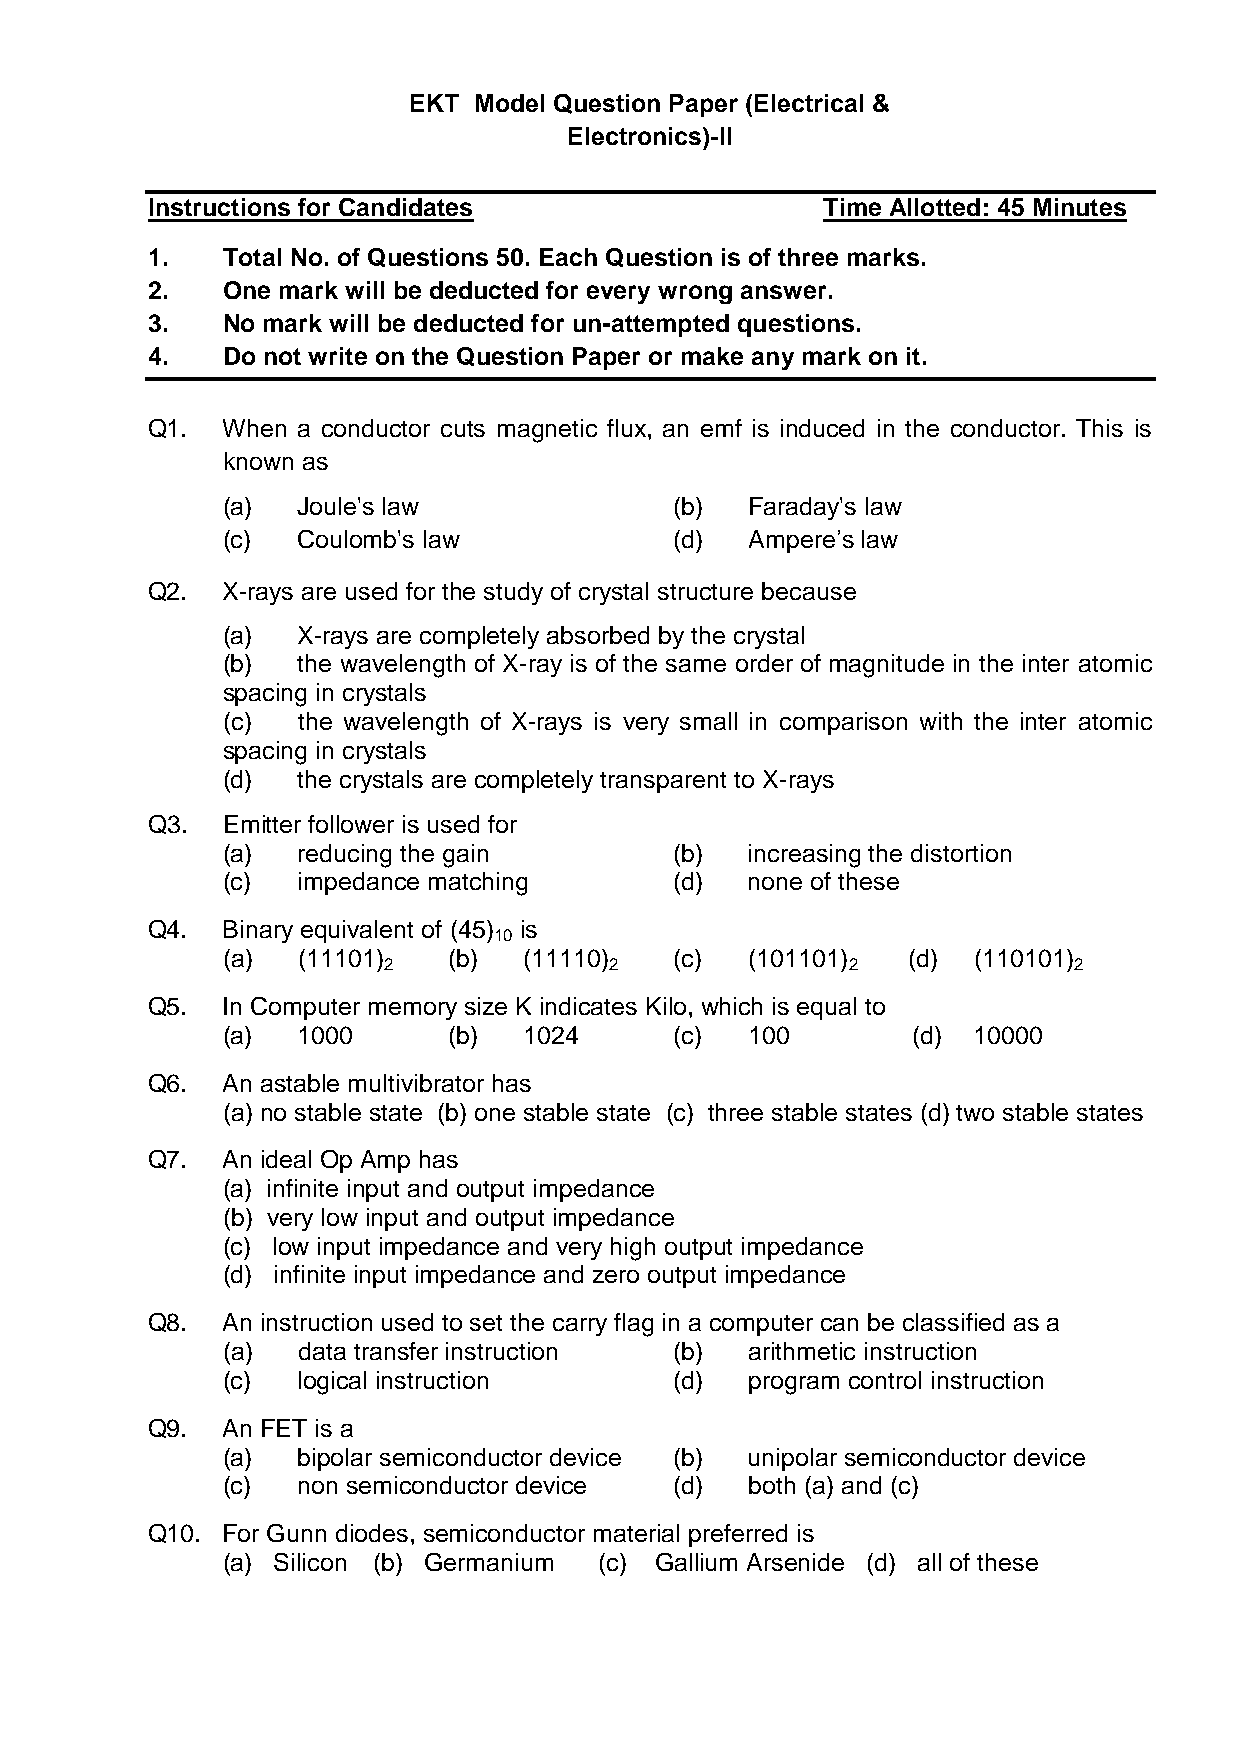
EKT Model Question Paper (Electrical &
 Electronics)-II
 Instructions for Candidates                 Time Allotted: 45 Minutes
 1.   Total No. of Questions 50. Each Question is of three marks.
 2.   One mark will be deducted for every wrong answer.
 3.   No mark will be deducted for un-attempted questions.
 4.   Do not write on the Question Paper or make any mark on it.
 Q1.  When a conductor cuts magnetic flux, an emf is induced in the conductor. This is
 known as
 (a)  Joule's law              (b)  Faraday's law
 (c)  Coulomb's law            (d)  Ampere’s law
 Q2.  X-rays are used for the study of crystal structure because
 (a)  X-rays are completely absorbed by the crystal
 (b)  the wavelength of X-ray is of the same order of magnitude in the inter atomic
 spacing in crystals
 (c)  the wavelength of X-rays is very small in comparison with the inter atomic
 spacing in crystals
 (d)  the crystals are completely transparent to X-rays
 Q3.  Emitter follower is used for
 (a)  reducing the gain        (b)  increasing the distortion
 (c)  impedance matching       (d)  none of these
 Q4.  Binary equivalent of (45) is
 10
 (a)  (11101)   (b)  (11110)   (c)  (101101)  (d) (110101)
 2              2               2              2
 Q5.  In Computer memory size K indicates Kilo, which is equal to
 (a)  1000      (b)  1024      (c)  100       (d) 10000
 Q6.  An astable multivibrator has
 (a) no stable state (b) one stable state (c) three stable states (d) two stable states
 Q7.  An ideal Op Amp has
 (a) infinite input and output impedance
 (b) very low input and output impedance
 (c) low input impedance and very high output impedance
 (d) infinite input impedance and zero output impedance
 Q8.  An instruction used to set the carry flag in a computer can be classified as a
 (a)  data transfer instruction (b) arithmetic instruction
 (c)  logical instruction      (d)  program control instruction
 Q9.  An FET is a
 (a)  bipolar semiconductor device (b) unipolar semiconductor device
 (c)  non semiconductor device (d)  both (a) and (c)
 Q10. For Gunn diodes, semiconductor material preferred is
 (a) Silicon (b) Germanium (c) Gallium Arsenide (d) all of these